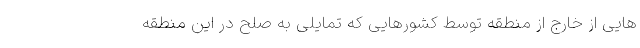
هایی از خارج از منطقه توسط کشورهایی که تمایلی به صلح در این منطقه